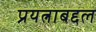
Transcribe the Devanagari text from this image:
प्रयत्नाबद्दल